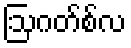
ဩဂတ်စ်လ